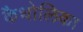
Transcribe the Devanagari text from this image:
कैथोलिका